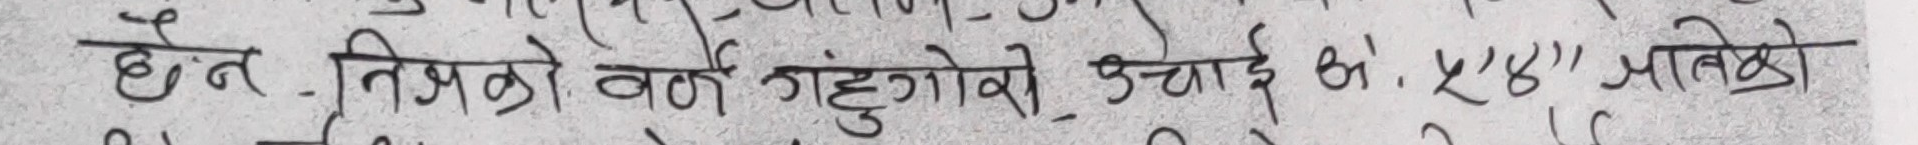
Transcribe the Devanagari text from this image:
होत. निजको वर्ग संतुगोती उचाई ले "४४" आवेको